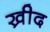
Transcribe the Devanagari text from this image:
ख्रीद